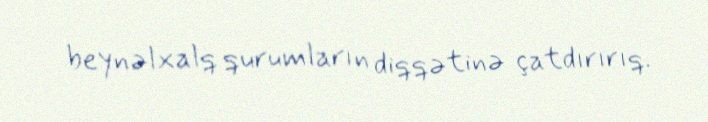
beynəlxalq qurumların diqqətinə çatdırırıq.